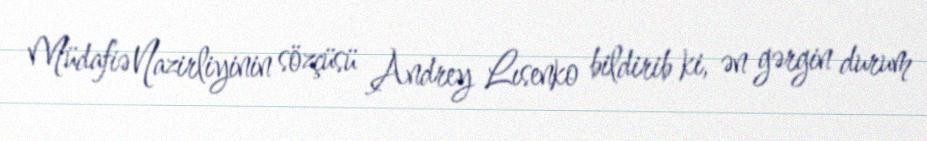
Müdafiə Nazirliyinin sözçüsü Andrey Lısenko bildirib ki, ən gərgin durum